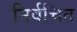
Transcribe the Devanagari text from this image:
निर्वचित